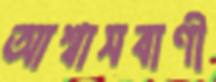
আশ্বাসবাণী